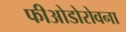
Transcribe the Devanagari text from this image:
फीओडोरोवना